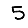
Digit: 5